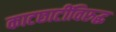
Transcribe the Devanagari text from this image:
काटछाटींविरुद्ध